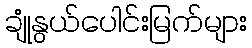
ချုံနွယ်ပေါင်းမြက်များ